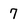
Character: 7